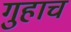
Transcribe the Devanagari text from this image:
गुहाच